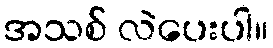
အသစ် လဲပေးပါ။